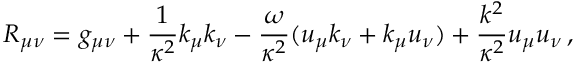
R _ { \mu \nu } = g _ { \mu \nu } + \frac { 1 } { \kappa ^ { 2 } } k _ { \mu } k _ { \nu } - \frac { \omega } { \kappa ^ { 2 } } ( u _ { \mu } k _ { \nu } + k _ { \mu } u _ { \nu } ) + \frac { k ^ { 2 } } { \kappa ^ { 2 } } u _ { \mu } u _ { \nu } \, ,